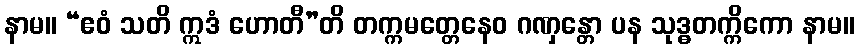
နာမ။ “ဧဝံ သတိ ဣဒံ ဟောတီ”တိ တက္ကမတ္တေနေဝ ဂဏှန္တော ပန သုဒ္ဓတက္ကိကော နာမ။